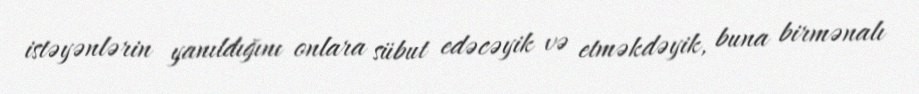
istəyənlərin yanıldığını onlara sübut edəcəyik və etməkdəyik, buna birmənalı